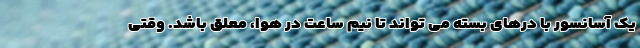
یک آسانسور با درهای بسته می تواند تا نیم ساعت در هوا، معلق باشد. وقتی